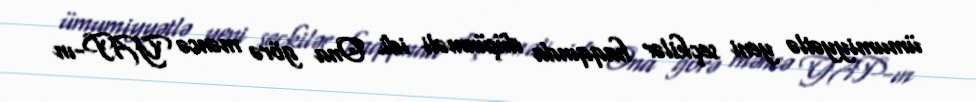
ümumiyyətlə yeni seçkilər haqqında düşünməli idi. Ona görə məncə YAP-ın